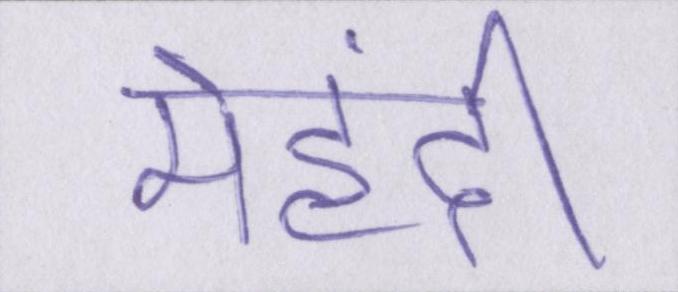
मेहंदी